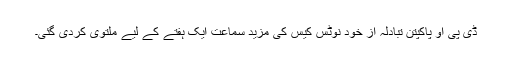
ڈی پی او پاکپتن تبادلہ از خود نوٹس کیس کی مزید سماعت ایک ہفتے کے لیے ملتوی کردی گئی۔